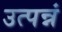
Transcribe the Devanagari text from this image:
उत्पन्नं